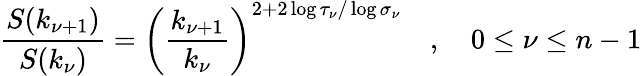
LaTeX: \frac{S(k_{\nu+1})}{S(k_{\nu})}=\left(\frac{k_{\nu+1}}{k_{\nu}}\right)^{2+2\log\tau_{\nu}/\log\sigma_{\nu}}\quad,\quad 0\leq\nu\leq n-1